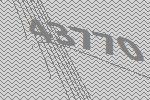
43770